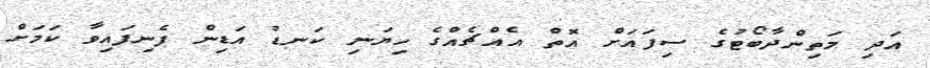
އަދި މަތިންދާބޯޓުގެ ސިފައަށް އޮތް އެއްޗެއްގެ ހިޔަނި ކަނޑު އަޑިން ފެނިފައިވާ ކަމަށް